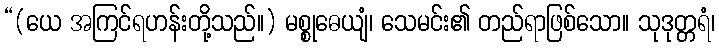
“(ယေ အကြင်ရဟန်းတို့သည်။) မစ္စုဓေယျံ၊ သေမင်း၏ တည်ရာဖြစ်သော။ သုဒုတ္တရံ၊